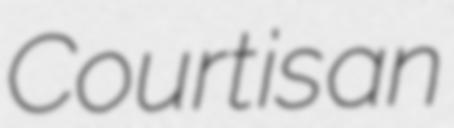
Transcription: Court is an